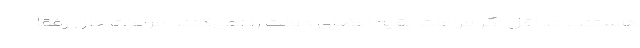
هستند. حداقل اگر مراعات بقیه اعضای دولت را نمی‌کنند مراعات حال رفقا